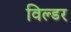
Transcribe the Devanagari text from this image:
विल्डर